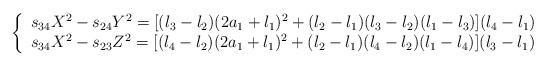
LaTeX: \begin{align*} \left\{\begin{array}{l}s_{34} X^2 - s_{24} Y^2 = [(l_3 - l_2)(2 a_1 + l_1)^2 + (l_2 - l_1)(l_3 - l_2)(l_1 - l_3)](l_4 - l_1) \\s_{34} X^2 - s_{23} Z^2 = [(l_4 - l_2)(2 a_1 + l_1)^2 + (l_2 - l_1)(l_4 - l_2)(l_1 - l_4)](l_3 - l_1)\end{array}\right.\end{align*}